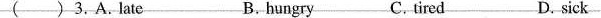
( ) 3. A.Late B. Hungry C. tired D. sick